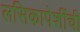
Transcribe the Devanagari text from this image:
लसिकापेशींची